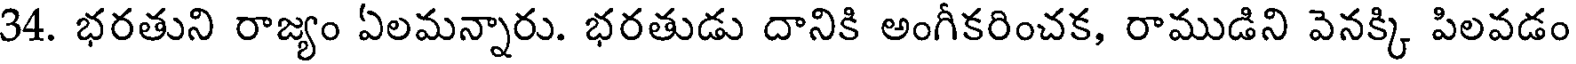
34. భరతుని రాజ్యం ఏలమన్నారు. భరతుడు దానికి అంగీకరించక, రాముడిని వెనక్కి పిలవడం